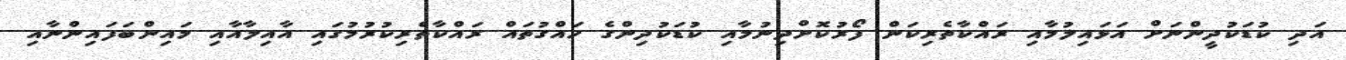
އަދި ކުޑަކުދީންނަށް އަޅައިލުމާއި ރައްކާތެރިކަން ފޯރުކޮށްދިނުމާއި ކުޑަކުދިންގެ ހައްގުތައް ރައްކާތެރިކުރުމުގައި އާއިލާއާއި މައިންބަފައިންނާއި